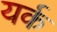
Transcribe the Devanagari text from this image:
यर्क